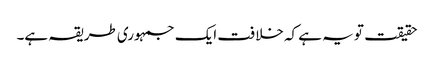
حقیقت تو یہ ہے کہ خلافت ایک جمہوری طریقہ ہے۔